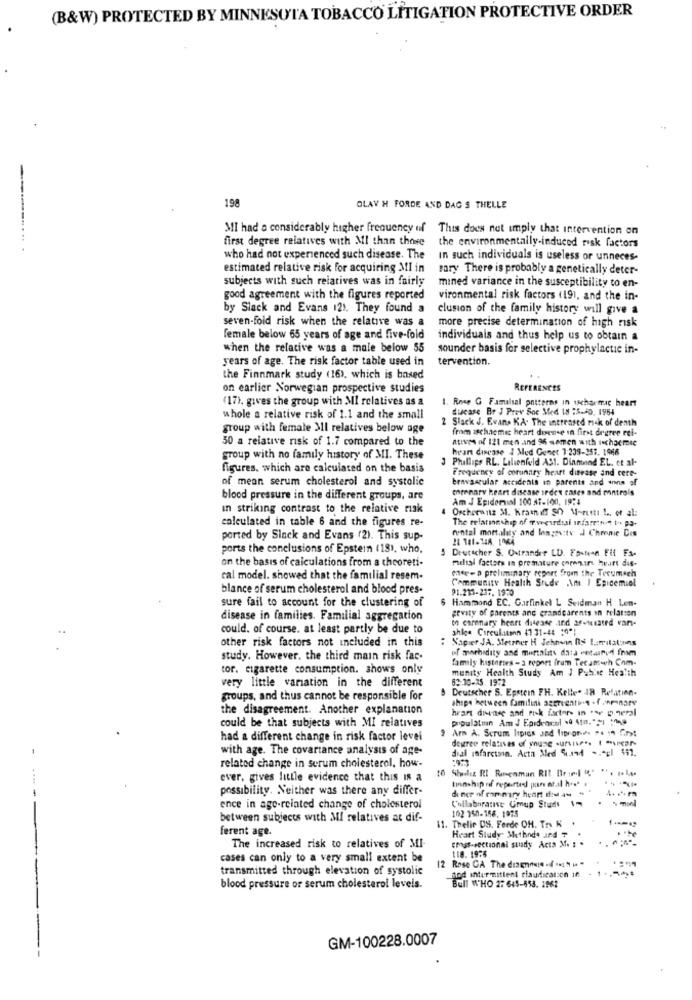
(B&W) PROTECTED BY MINNESOTA TOBACCO LITIGATION PROTECTIVE ORDER
198
OLAV H FORDE AND DAG S THELLE
MI had a considerably higher frequency of This does not imply that intervention on
----....
first degree relatives with MI than those
the environmentally-induced risk factors
who had not experienced such disease. The
In such individuals is useless or unneces-
estimated relative risk for acquiring MI in
tary There is probably a genetically deter-
subjects with such reiatives was in fairly
mined variance in the susceptibility to en-
good agreement with the figures reported
vironmental risk factors (19), and the in-
by Slack and Evans 121. They found a
clusion of the family history will give a
seven-fold risk when the relative was a
more precise determination of high risk
female below 65 years of age and five-fold
individuals and thus help us to obtain a
when the relative was a male below 55
sounder basis for selective prophylactic in-
years of age. The risk factor table used in
tervention.
the Finnmark study (16), which is based
on earlier Norwegian prospective studies
REFERENCES
(17). gives the group with MI relatives as a
1. Rose G Famalsal patterns in ischarmric heart
ducase Br J Prov Soc Med 18 :S.40. 1964
whole a relative risk of 1.1 and the small
2 Slack J. Evans KA. The increased mak of death
group with female >Il relatives below age
from aschaemic heart disense in first degree ref-
50 a relative risk of 1.7 compared to the
atives of 121 men and 96 semen with ischacmee
hran disease ! Med Genet 7:239-257. 1968
group with no family history of MI. These
3 Phillips RL. Lilienfeld AS1. Diamond EL. et al-
figures. which are calculated on the basis
Frequency of corunary heart disease and cere-
of mean serum cholesterol and systolic
brovascular accidents in parents and inns of
mrenary heart disease index cases and controls
blood pressure in the different groups, are
Am J Epidemiol 100 AT-100, 19:4
in striking contrast to the relative risk
4 Oscherwitz 3. Kramif SO Montti t of al:
calculated in table 6 and the figures re-
The relationship of Tweeurdial infare:n " t+ p3-
rental mortality and longrs:tv J Chrome Cos
ported by Sinck and Evans (2). This sup-
ports the conclusions of Epstein (18), who,
Deutscher S. Ostrander LD. Foinurn Fif Fa.
on the basis of calculations from a theoreti-
messi factors in premature onmon in heart dis-
cal model. showed that the familial resem-
Community Health Stude Am I Epidemiol
cas- a preliminary report from the Tecumseh
blance of serum cholesterol and blood pres-
91.213-237. 1970
6 Hammond EC. Garfinkel L Seidman H Len-
sure fail to account for the clustering of
gevity of parents and grandparents in relation
disease in families. Familial aggregation
to coronary heart disease and afvisarrd var-
could. of course. at least partly be due to
shige Coreuliten 41 31-44 10*
: Napier JA. Metrner H Jehoen R$ 1. milations
other risk factors not included in this
of morbidity and mortality data vetasred fram
study. However, the third main risk fac.
family histories - a report fram Tecamwh Com-
tor. cigarette consumption. shows only
munity Health Study Am J Public Health
very little variation in the different
83:30-25. 1972
5 Deutscher S. Epstein FH. Kelle. J8 Relation.
groups, and thus cannot be responsible for
shape between familial aserventin . f /monaty
the disagreement. Another explanation
hran diense and risk factors in 14 5-9
could be that subjects with MI relatives
population Am J Epodrocal .0 410.21
9 Arm A. Scrum lipids and Irpeores ". 1h first
had a different change in risk factor level
degree relatives of young survives. I var-
with age. The covariance analysis of age-
dual infarctson. Acta Med Sure -. "el 441.
related change in serum cholesterol, how-
to Shidiz RI Fincaman RI? Brin. """ +
ever, gives little evidence that this is a
tinnship of reported por at.al hoe" .
possibility. Neither was there any differ-
de ner of commary hengt did at
Collaborative Grup Studs -
ence in age-related change of cholesterol
102 150-156. 1975
between subjects with MI relatives at dif-
1 -*** 2
ferent age.
. Thelie DS. Ferde OH. Tr K
Heart Study Methode und ?
emgs-sectional suady Acta M. : .
The increased risk to relatives of MI-
118. 19:8
cases can only to a very small extent be
12 Rose GA The dinnere .f = " " "
transmitted through elevation of systolic
Bed intermittent claudication in
blood pressure or serum cholesterol levels.
IT WHO 2: 645-453. 1962
GM-100228.0007